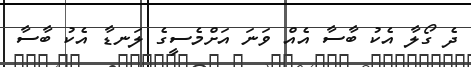
ދެ ގޯލާ އެކު ބާސާ އެއް ވަނަ އަށްމެސީގެ ލަނޑާ އެކު ބާސާ